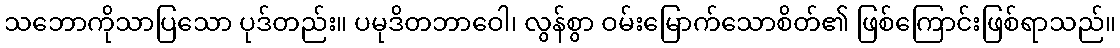
သဘောကိုသာပြသော ပုဒ်တည်း။ ပမုဒိတဘာဝေါ၊ လွန်စွာ ဝမ်းမြောက်သောစိတ်၏ ဖြစ်ကြောင်းဖြစ်ရာသည်။